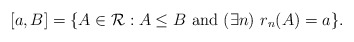
\begin{align*}[a,B]=\{A\in\mathcal{R}:A\le B\mathrm{\ and\ }(\exists n)\ r_n(A)=a\}.\end{align*}